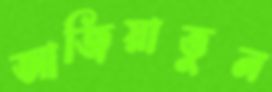
আজিয়াত্তুন